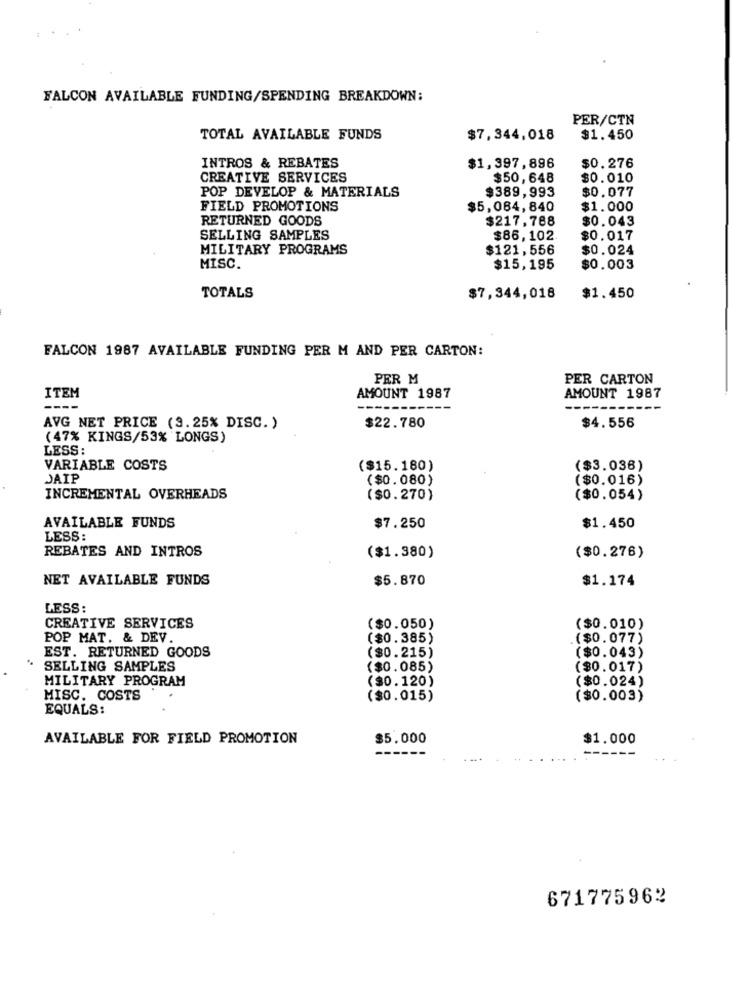
FALCON AVAILABLE FUNDING/SPENDING BREAKDOWN:
PER/CTN
TOTAL AVAILABLE FUNDS
$7,344,018
$1.450
INTROS & REBATES
$1,397,896
$0.276
CREATIVE SERVICES
$50,648
$0.010
$389,993
$0.077
POP DEVELOP & MATERIALS
FIELD PROMOTIONS
$5,064,840
$1.000
RETURNED GOODS
$217,788
$0.043
SELLING SAMPLES
$86,102.
$0.017
MILITARY PROGRAMS
$121,556
$0.024
MISC.
$15,195
$0.003
TOTALS
$7,344,018
$1.450
FALCON 1987 AVAILABLE FUNDING PER M AND PER CARTON:
PER M
PER CARTON
ITEM
AMOUNT 1987
AMOUNT 1987
$22.780
AVG NET PRICE (9.25% DISC. )
$4.556
(47% KINGS/53% LONGS)
LESS:
VARIABLE COSTS
($15.180)
($3.036)
JAIP
($0.080)
($0.016)
INCREMENTAL OVERHEADS
($0.270)
($0.054)
AVAILABLE FUNDS
$7.250
$1.450
LESS :
REBATES AND INTROS
($0.276)
($1.380)
NET AVAILABLE FUNDS
$5.870
$1.174
LESS:
CREATIVE SERVICES
($0.050)
($0.010)
POP MAT. & DEV.
($0.385)
($0.077)
($0.215)
EST. RETURNED GOODS
($0.043)
SELLING SAMPLES
($0.085)
($0.017)
MILITARY PROGRAM
($0.120)
($0.024)
MISC. COSTS
($0.015)
($0.003)
EQUALS:
AVAILABLE FOR FIELD PROMOTION
$5.000
$1.000
671775962